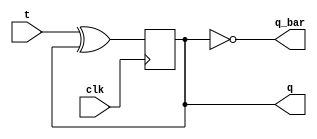
`timescale 1ns / 1ps



module tff(input t,clk,output reg q,output q_bar);
initial q=1;
always@(negedge clk)
 q=t^q;
assign  q_bar=(~q);
endmodule